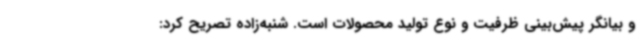
و بیانگر پیش‌بینی ظرفیت و نوع تولید محصولات است. شنبه‌زاده تصریح کرد: